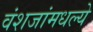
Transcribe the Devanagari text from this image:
वंशजांमधल्ये